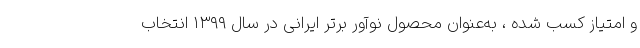
و امتیاز کسب شده ، به‌عنوان محصول نوآور برتر ایرانی در سال ۱۳۹۹ انتخاب